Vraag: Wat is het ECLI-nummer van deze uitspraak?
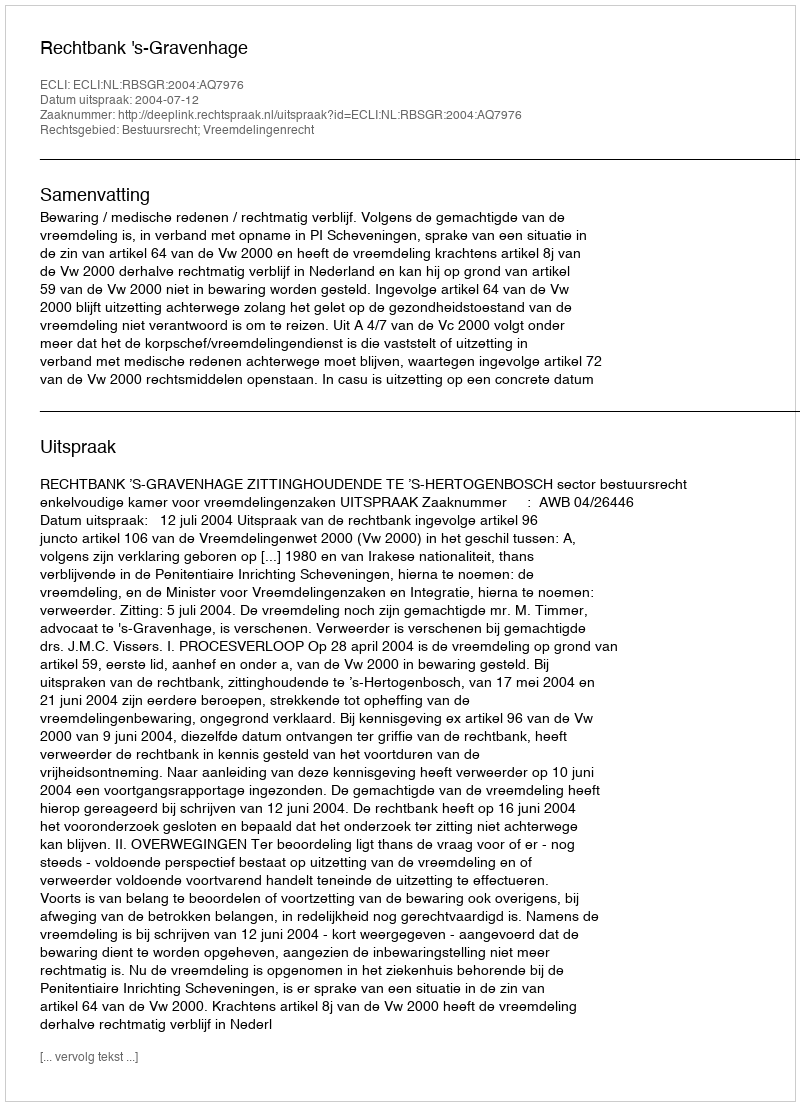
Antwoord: ECLI:NL:RBSGR:2004:AQ7976